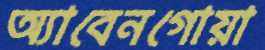
অ্যাবেনগোয়া